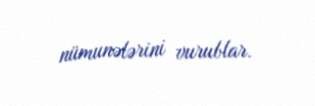
nümunələrini vurublar.